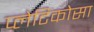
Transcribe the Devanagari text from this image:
प्लेटिकोसा